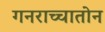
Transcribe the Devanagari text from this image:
गनराच्चातोन